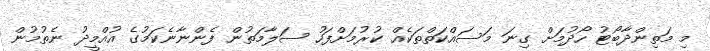
މި މަތިންދާބޯޓު ހޯދުމަށް ގިނަ މަސައްކަތްތަކެއް ކުރުމަށްފަހު ސަލާމަތުން ފެންނާނެކަމުގެ އުއްމީދު ނެތުމުން